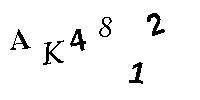
AK4812